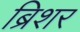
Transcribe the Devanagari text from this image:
ब्रिशर